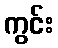
ကွင်း